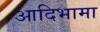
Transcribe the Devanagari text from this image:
आदिभामा